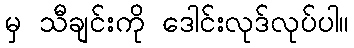
မှ သီချင်းကို ဒေါင်းလုဒ်လုပ်ပါ။